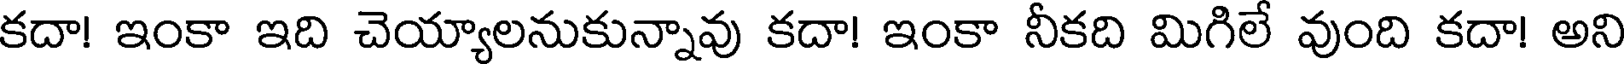
కదా! ఇంకా ఇది చెయ్యాలనుకున్నావు కదా! ఇంకా నీకది మిగిలే వుంది కదా! అని